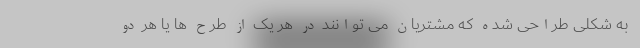
به شکلی طراحی شده که مشتریان می توانند در هر یک از طرح ها یا هر دو